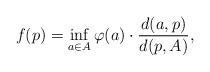
LaTeX: \begin{align*} f(p)= \inf_{a\in A}\varphi(a)\cdot\frac{d(a,p)}{d(p,A)}, \end{align*}